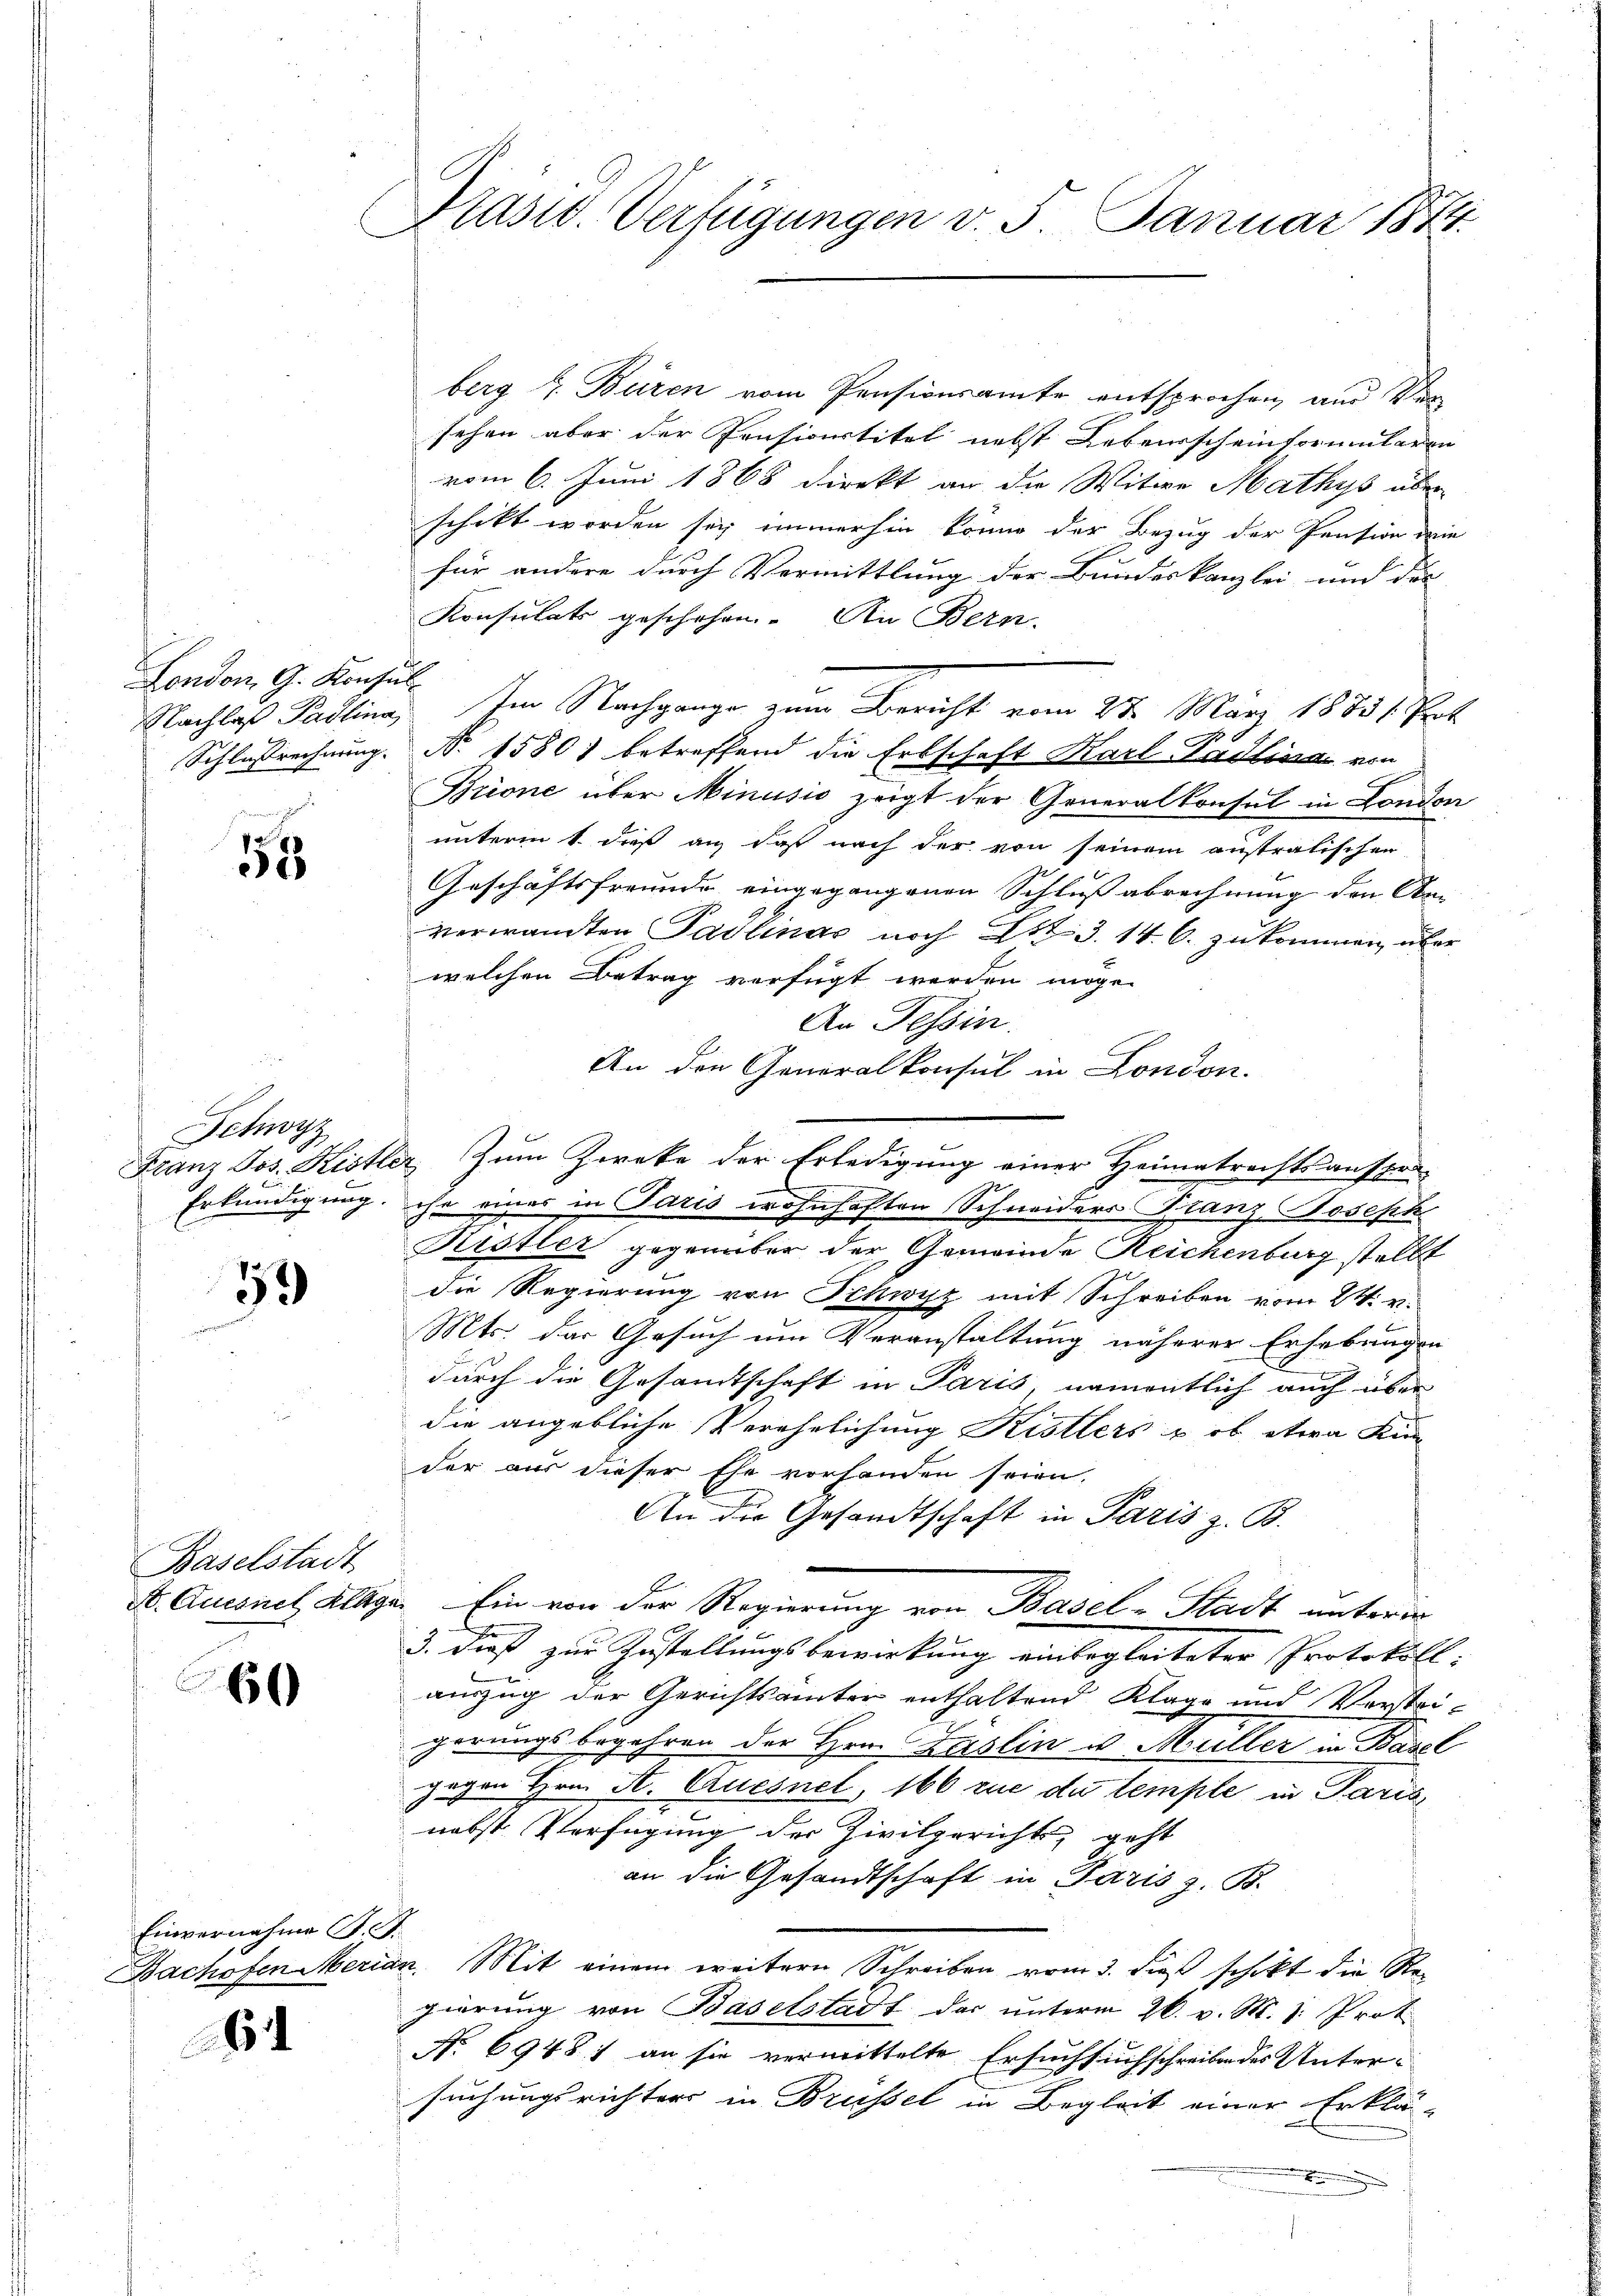
London, G. Konsul¬
Schlußrechnung.

15

F
Schwyz

59

Baselstadt
dt. Auchnel Klage

60

Einvernahme S. S.
Bachofen Meria

264

Präsid. Verfügungen v. 5. Januar 1874

berg z. Buren vom Pensionsamte entsprochen, aus Versehen aber der Pensivertitel nebst Lebensscheinformularen
vom 6. Juni 1868 direkt an die Witwe Mathys über
schikt worden sei immerhin könne der Bezug der Pension die
für andere durch Vermittlung der Bundeskanzlei und des
Konsulats geschehen. An Bern.
Nachlaß Paulina. Im Nachgange zum Bericht vom 27. März 18831. Prot
N. 15801 betreffend die Erbschaft Karl Padlina von
Brione über Minusis zeigt der Generalkonsul in London
unterm 1. daß an, daß nach der von seinem anstratischen
Geschäftsfreunde eingegangenen Schluß abrechnung den An-
verwandten Padlinas noch Lit. 3. 14. 6. zukommen, über
welchen Betrag verfügt werden möge.
An Tessin.
An den Generalkonsul in London.
Franz Jos. Kistler Zum Zwecke der Erledigung einer Heimatrechtsanspru
Erkundigung, ihr eines in Paris wohnhaften Schneiders Franz Joseph
Kestler gegenüber der Gemeinde Reichenburg stellt
die Regierung von Schwyz mit Schreiben vom 24. v.
Mts. der Gesuch um Veranstaltung näherer Erhebungen
durch die Gesandtschaft in Paris, namentlich auch über
die angebliche Verehelichung Kistlers u. ob etwa Kin
der aus dieser Ehe vorhanden seien.
An der Gesandtschaft in Paris z. B.
 Ein von der Regierung von Basel-Stadt unterm
E
3. dieß zur Zustellungsbewirkung einbegleiteter Protokoll:
auszug der Gerichtsämter enthaltend Klage und Vertri-
gerungsbegehren der Hrn. Läslin u. Müller in Basel
gegen Hrn. A. Quesnel, 166 zue du temple in Paris,
J.
nebst Verfügung der Zivilgerichts, geht
an die Gesandtschaft in Paris z. B.
in. Mit einem weitern Schreiben vom 3. dieß schikt die Regierung von Baselstadt das unterm 26. v. M. 1. Prot
No 6948) an sie vermittelte Ersuchsuchschreibe des Untersuchungsrichters in Brüssel in Begleit einer Erklä-
x